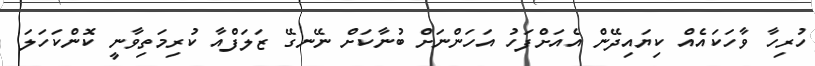
ހުރިހާ ވާހަކައެއް ކިޔައިދޭން އެއަށްފަހު އަހަންނަށް ބުނާކަށް ނޭނގޭ ޒަލަފްއާ ކުރިމަތިވާނީ ކޮންކަހަލަ